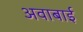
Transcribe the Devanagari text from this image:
अवाबाई